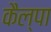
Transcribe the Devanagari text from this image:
कैल्पा